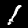
Digit: 1